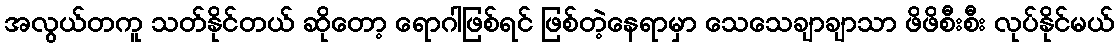
အလွယ်တကူ သတ်နိုင်တယ် ဆိုတော့ ရောဂါဖြစ်ရင် ဖြစ်တဲ့နေရာမှာ သေသေချာချာသာ ဖိဖိစီးစီး လုပ်နိုင်မယ်